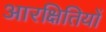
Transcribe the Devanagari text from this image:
आरक्षितियों